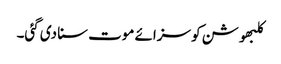
کلبھوشن کو سزائے موت سنا دی گئی۔